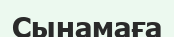
Сынамаға